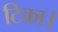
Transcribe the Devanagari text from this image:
टिका।